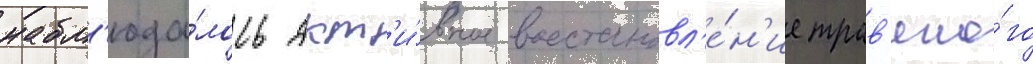
набл'юда́лось акт'и́вное восстановл'е́н'ие трав'яно́го